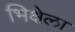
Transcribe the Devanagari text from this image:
भिक्षेला